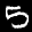
Label: 5